Annual report on the working of the lock hospitals in the North-Western Provinces and Oudh
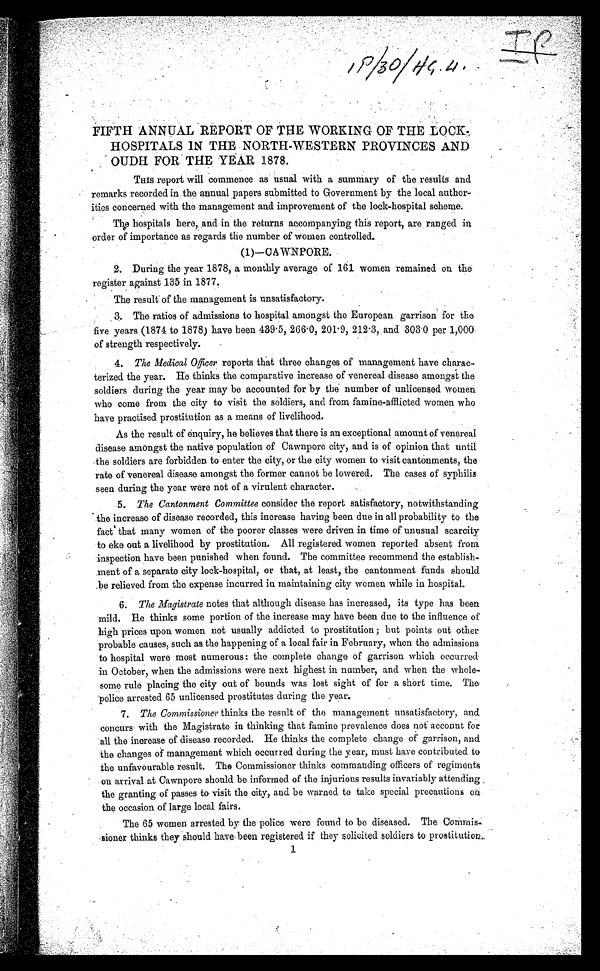
I P / 3 0 / H C , 4 .
FIFTH ANNUAL REPORT OF THE WORKING OF THE LOCK-
HOSPITALS IN THE NORTH-WESTERN PROVINCES AND
OUDH FOR THE YEAR 1878.
THIS report will commence as usual with a summary of the results and
remarks recorded in the annual papers submitted to Government by the local author-
ities concerned with the management and improvement of the lock-hospital scheme.
The hospitals here, and in the returns accompanying this report, are ranged in
order of importance as regards the number of women controlled.
(1)-CAWNPORE.
2. During the year 1878, a monthly average of 161 women remained on the
register against 135 in 1877.
The result of the management is unsatisfactory.
3. The ratios of admissions to hospital amongst the European garrison for the
five years (1871 to 1878) have been 439.5, 266.0, 201.9, 212.3, and. 303.0 per 1,000
of strength respectively.
4. The Medical Officer reports that three changes of management have charac-
terized the year. He thinks the comparative increase of venereal disease amongst the
soldiers during the year may be accounted for by the number of unlicensed women
who come from the city to visit the soldiers, and from famine-afflicted women who
have practised prostitution as a means of livelihood.
As the result of enquiry, he believes that there is an exceptional amount of venereal
disease amongst the native population of Cawnpore city, and is of opinion that until
the soldiers are forbidden to enter the city, or the city women to visit cantonments, the
rate of venereal disease amongst the former cannot be lowered. The cases of syphilis
seen during the year were not of a virulent character.
5. The Cantonment Committee consider the report satisfactory, notwithstanding
the increase of disease recorded, this increase having been due in all probability to the
fact that many women of the poorer classes were driven in time of unusual scarcity
to eke out a livelihood by prostitution. All registered women reported absent from
inspection have been punished when found. The committee recommend the establish-
ment of a separate city lock-hospital, or that, at least, the cantonment funds should
be relieved from the expense incurred in maintaining city women while in hospital.
6. The Magistrate notes that although disease has increased, its type has been
mild. He thinks some portion of the increase may have been due to the influence of
high prices upon women not usually addicted to prostitution ; but points out other
probable causes, such as the happening of a local fair in February, when the admissions
to hospital were most numerous : the complete change of garrison which occurred.
in October, when the admissions were next highest in number, and when the whole-
some rule placing the city out of bounds was lost sight of for a short time, The
police arrested 65 unlicensed prostitutes during the year.
7. The Commissioner thinks the result of the management unsatisfactory, and
concurs with the Magistrate in thinking that famine prevalence does not acconnt for
all the increase of disease recorded. He thinks the complete change of garrison, and.
the changes of management which occurred during the year, must have contributed to
the unfavourable result. The Commissioner thinks commanding officers of regiments
on arrival at Cawnpore should be informed of the injurious results invariably attending
the granting of passes to visit the city, and be warned to take special precautions on
the occasion of large local fairs.
The 65 women arrested by the police were found to be diseased. The Commis
- s i o n e r t h i n k s t h e y s h o u l d
h a v e b e e n
r e g i s t e r e d i f
t h e y s o l i c i t e d s o l d i e r s
t o p r o s t i t u t i o n . 1